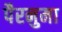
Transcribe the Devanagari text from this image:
पैरनुमा